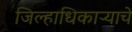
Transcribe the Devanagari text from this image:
जिल्हाधिकाऱ्याचे